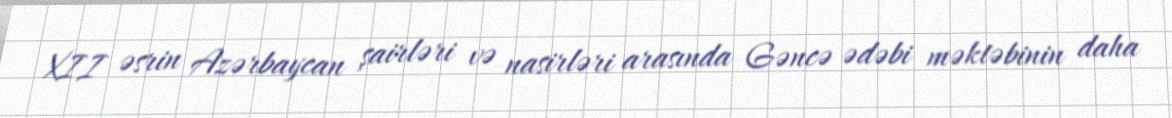
XII əsrin Azərbaycan şairləri və nasirləri arasında Gəncə ədəbi məktəbinin daha